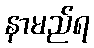
နာမည်ရ